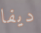
ديفا